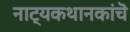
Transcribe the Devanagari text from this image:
नाट्यकथानकांचॆ